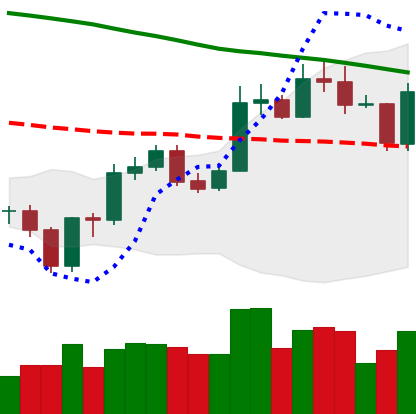
Ticker: ETC-USD
Chart end date: 2020-01-03
Forward return: 8.679%
Label: up_7plus